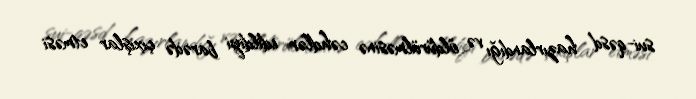
sui-qəsd hazırlandığı və öldürülməsinə cəhdlər edildiyi barədə çıxışlar etməsi